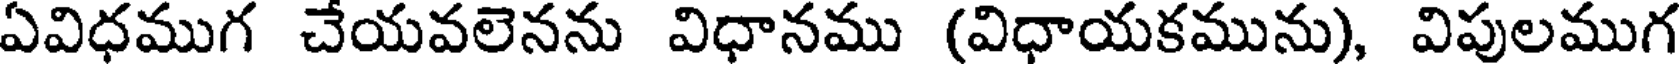
ఏవిధముగ చేయవలెనను విధానము (విధాయకమును), విపులముగ